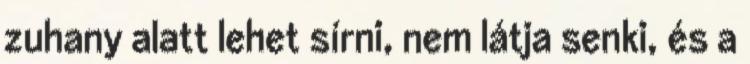
zuhany alatt lehet sírni, nem látja senki, és a